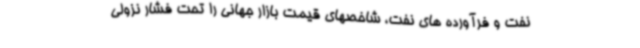
نفت و فرآورده های نفت، شاخصهای قیمت بازار جهانی را تحت فشار نزولی